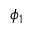
\phi _ { 1 }